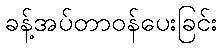
ခန့်အပ်တာဝန်ပေးခြင်း